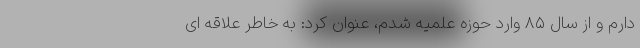
دارم و از سال ۸۵ وارد حوزه علمیه شدم، عنوان کرد: به خاطر علاقه ای